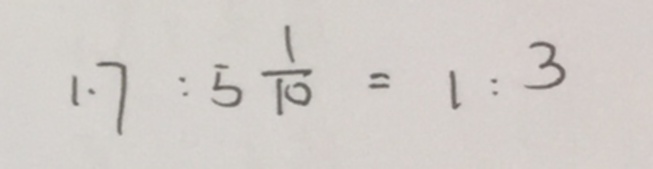
1 . 7 : 5 \frac { 1 } { 1 0 } = 1 : 3